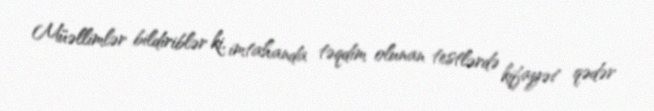
Müəllimlər bildiriblər ki, imtahanda təqdim olunan testlərdə kifayət qədər